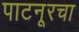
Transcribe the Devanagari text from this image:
पाटनूरचा